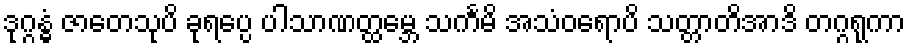
ဒုဂ္ဂန္ဓံ ဇာတေသုပိ ခုရပ္ပေ ပါသာဏတ္ထမ္ဘေ သင်္ကမိ အသံဝရောပိ သတ္တာတိအာဒိ တဂ္ဂရုကာ